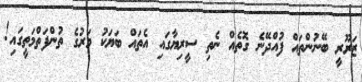
ޒަރޫރީ ބޭނުންތައް ފުއްދޭނެ ގޮތެއް ނެތި ސީރިޔާގައި އެތައް ބަޔަކު މަރުގެ ތުންފަތްމަތީގައި!